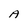
Character: A